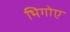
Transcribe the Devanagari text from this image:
भिगोए